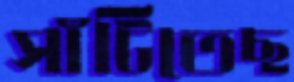
সাঁটিতেছ